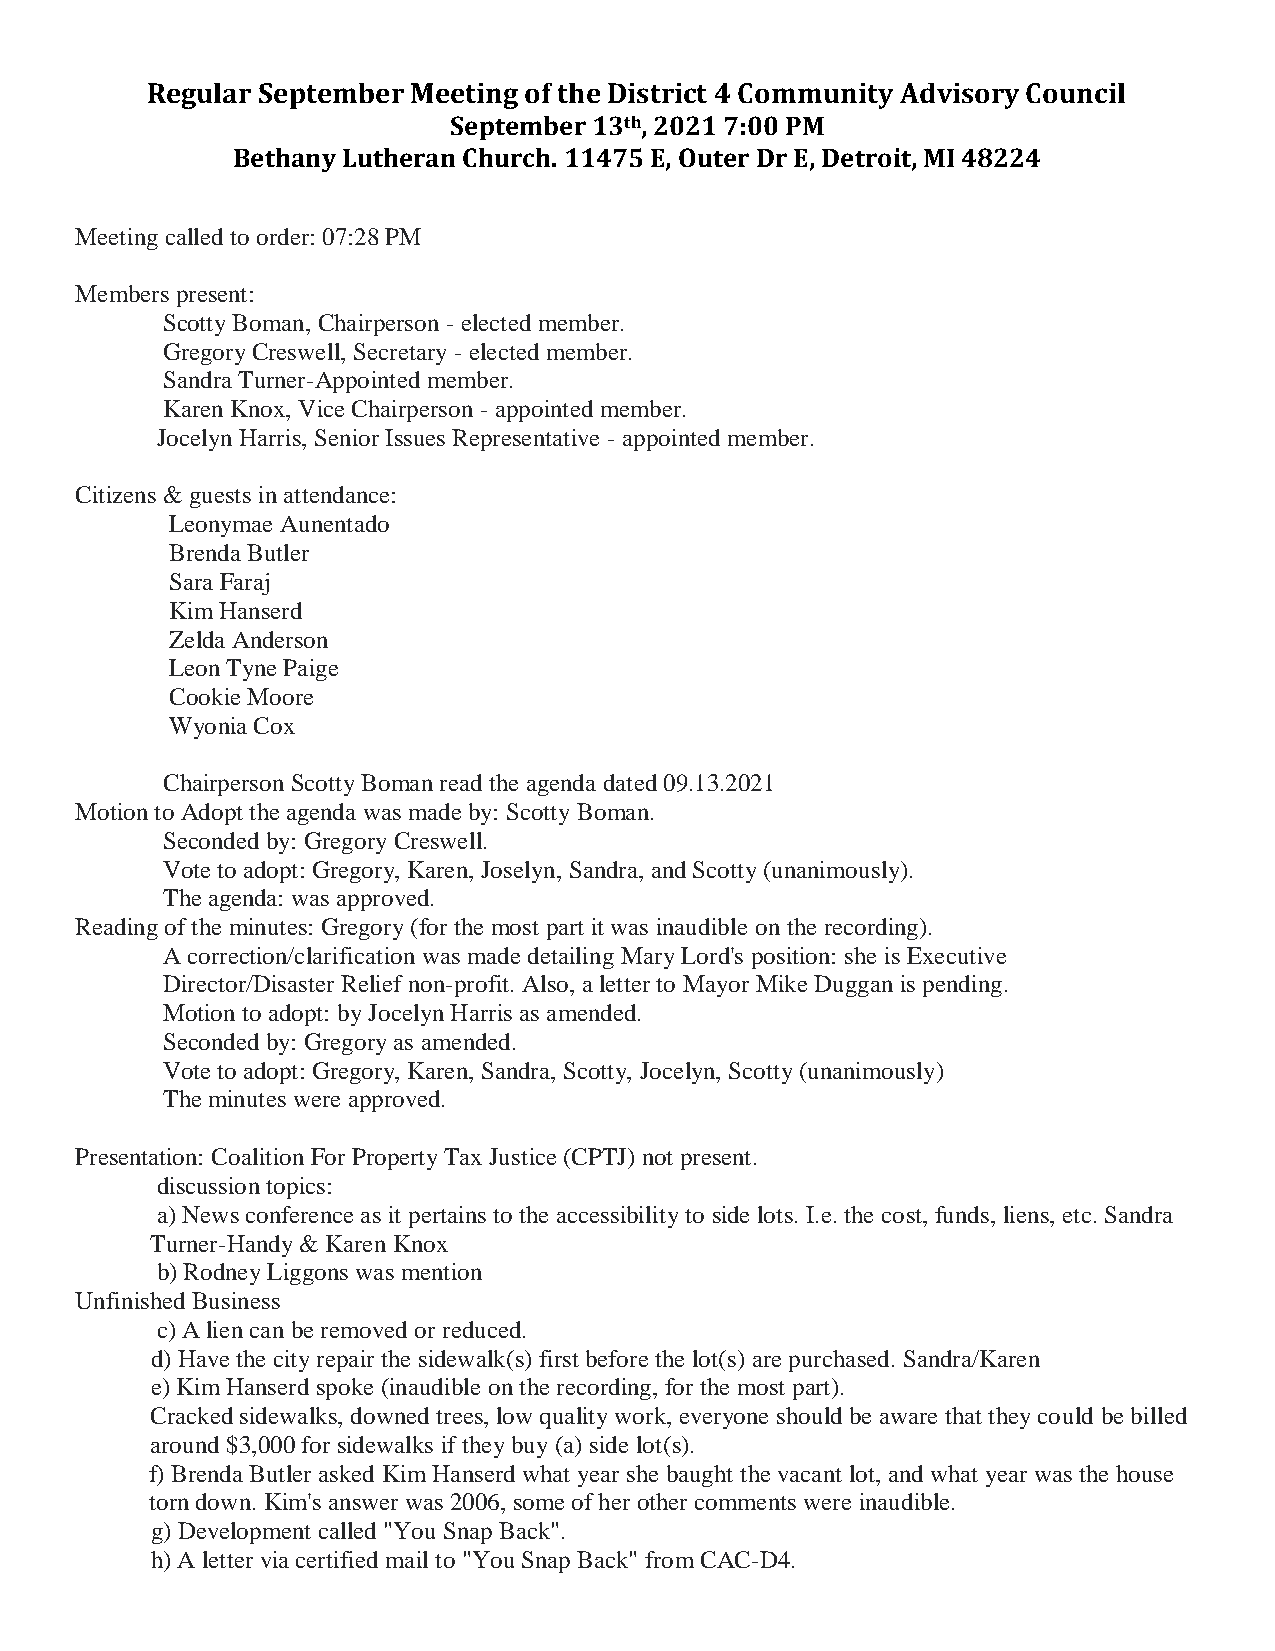
Regular September Meeting of the District 4 Community Advisory Council
 September 13th, 2021 7:00 PM
 Bethany Lutheran Church. 11475 E, Outer Dr E, Detroit, MI 48224
 Meeting called to order: 07:28 PM
 Members present:
 Scotty Boman, Chairperson - elected member.
 Gregory Creswell, Secretary - elected member.
 Sandra Turner-Appointed member.
 Karen Knox, Vice Chairperson - appointed member.
 Jocelyn Harris, Senior Issues Representative - appointed member.
 Citizens & guests in attendance:
 Leonymae Aunentado
 Brenda Butler
 Sara Faraj
 Kim Hanserd
 Zelda Anderson
 Leon Tyne Paige
 Cookie Moore
 Wyonia Cox
 Chairperson Scotty Boman read the agenda dated 09.13.2021
 Motion to Adopt the agenda was made by: Scotty Boman.
 Seconded by: Gregory Creswell.
 Vote to adopt: Gregory, Karen, Joselyn, Sandra, and Scotty (unanimously).
 The agenda: was approved.
 Reading of the minutes: Gregory (for the most part it was inaudible on the recording).
 A correction/clarification was made detailing Mary Lord's position: she is Executive
 Director/Disaster Relief non-profit. Also, a letter to Mayor Mike Duggan is pending.
 Motion to adopt: by Jocelyn Harris as amended.
 Seconded by: Gregory as amended.
 Vote to adopt: Gregory, Karen, Sandra, Scotty, Jocelyn, Scotty (unanimously)
 The minutes were approved.
 Presentation: Coalition For Property Tax Justice (CPTJ) not present.
 discussion topics:
 a) News conference as it pertains to the accessibility to side lots. I.e. the cost, funds, liens, etc. Sandra
 Turner-Handy & Karen Knox
 b) Rodney Liggons was mention
 Unfinished Business
 c) A lien can be removed or reduced.
 d) Have the city repair the sidewalk(s) first before the lot(s) are purchased. Sandra/Karen
 e) Kim Hanserd spoke (inaudible on the recording, for the most part).
 Cracked sidewalks, downed trees, low quality work, everyone should be aware that they could be billed
 around $3,000 for sidewalks if they buy (a) side lot(s).
 f) Brenda Butler asked Kim Hanserd what year she baught the vacant lot, and what year was the house
 torn down. Kim's answer was 2006, some of her other comments were inaudible.
 g) Development called "You Snap Back".
 h) A letter via certified mail to "You Snap Back" from CAC-D4.